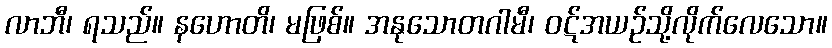
လာဘီ၊ ရသည်။ နဟောတိ၊ မဖြစ်။ အနုသောတဂါမီ၊ ဝဋ်အယဉ်သို့လိုက်လေသော။